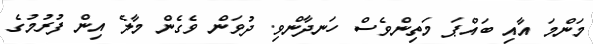
މަންމަ އާއި ބައްޕަ މަތިންވެސް ހަނދާންވި. ދުވަން ވެގެން މާލެ އިން ފުރުމުގެ